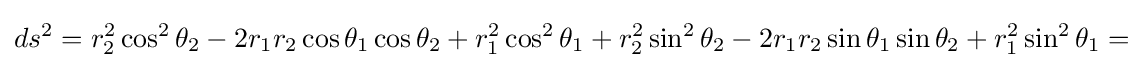
ds^{2}=r_{2}^{2}\cos ^{2}\theta _{2}-2r_{1}r_{2}\cos \theta _{1}\cos \theta _{2}+r_{1}^{2}\cos ^{2}\theta _{1}+r_{2}^{2}\sin ^{2}\theta _{2}-2r_{1}r_{2}\sin \theta _{1}\sin \theta _{2}+r_{1}^{2}\sin ^{2}\theta _{1}=